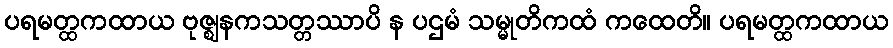
ပရမတ္ထကထာယ ဗုဇ္ဈနကသတ္တဿာပိ န ပဌမံ သမ္မုတိကထံ ကထေတိ။ ပရမတ္ထကထာယ